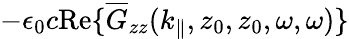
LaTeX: -\epsilon_{0}c\mathrm{Re}\{ \overline{G}_{zz}(k_{\parallel},z_{0},z_{0},\omega,\omega)\}